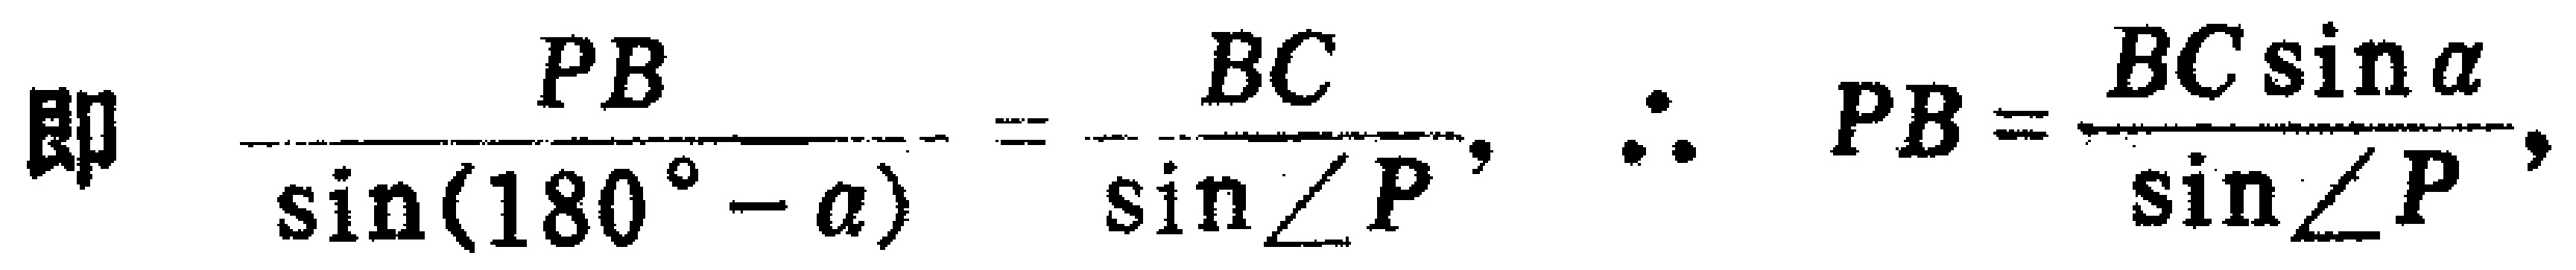
即 \(\frac{PB}{\sin(180^{\circ}-\alpha)} = \frac{BC}{\sin\angle P}\)，\(\therefore PB = \frac{BC\sin\alpha}{\sin\angle P}\)，